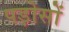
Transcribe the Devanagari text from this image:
पड़ोसों